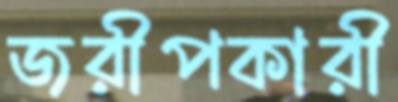
জরীপকারী